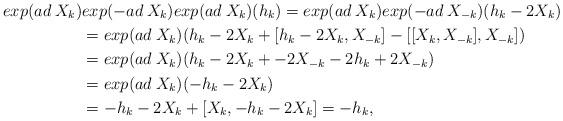
LaTeX: \begin{align*}exp(ad \: X_{k})&exp(-ad \: X_{k})exp(ad \: X_{k})(h_{k}) =exp(ad \: X_{k})exp(-ad \: X_{-k})(h_{k}-2X_{k})\\ &= exp(ad \: X_{k})(h_{k}-2X_{k} + [h_{k}-2X_{k},X_{-k}] - [[X_{k},X_{-k}],X_{-k}])\\ &= exp(ad \: X_{k})(h_{k}-2X_{k} + -2X_{-k}-2h_{k} +2 X_{-k})\\ &= exp(ad \: X_{k})(-h_{k}-2X_{k})\\ &= -h_{k}-2X_{k} + [X_{k},-h_{k}-2X_{k}] = -h_{k},\end{align*}